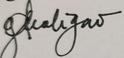
Signature authenticity: genuine